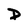
Character: D